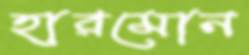
হারমোন